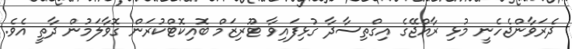
ދެރަވާންޖެހެނީ މުޅި ރާއްޖޭގެ އިގްތިސާދާ ގުޅިފައިވާ ޓޫރިޒަމް ބޮއިކޮޓްކުރަން ގޮވާލަމުން ދާތީ އެވެ.